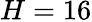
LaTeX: H=16